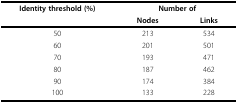
<table><thead><tr><td><b>Identity threshold (%)</b></td><td colspan="2"><b>Number of</b></td></tr><tr><td></td><td><b>Nodes</b></td><td><b>Links</b></td></tr></thead><tbody><tr><td>50</td><td>213</td><td>534</td></tr><tr><td>60</td><td>201</td><td>501</td></tr><tr><td>70</td><td>193</td><td>471</td></tr><tr><td>80</td><td>187</td><td>462</td></tr><tr><td>90</td><td>174</td><td>384</td></tr><tr><td>100</td><td>133</td><td>228</td></tr></tbody></table>